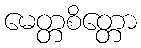
မေတ္တစိတ္တော